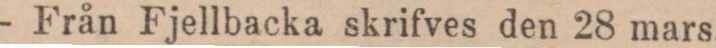
— Från Fjellbacka skrifves den 28 mars.